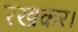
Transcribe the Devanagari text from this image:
रखकर।